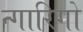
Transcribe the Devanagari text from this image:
न्गारिगो